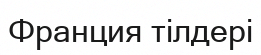
Франция тілдері